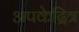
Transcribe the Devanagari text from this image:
अपकेद्रित्र